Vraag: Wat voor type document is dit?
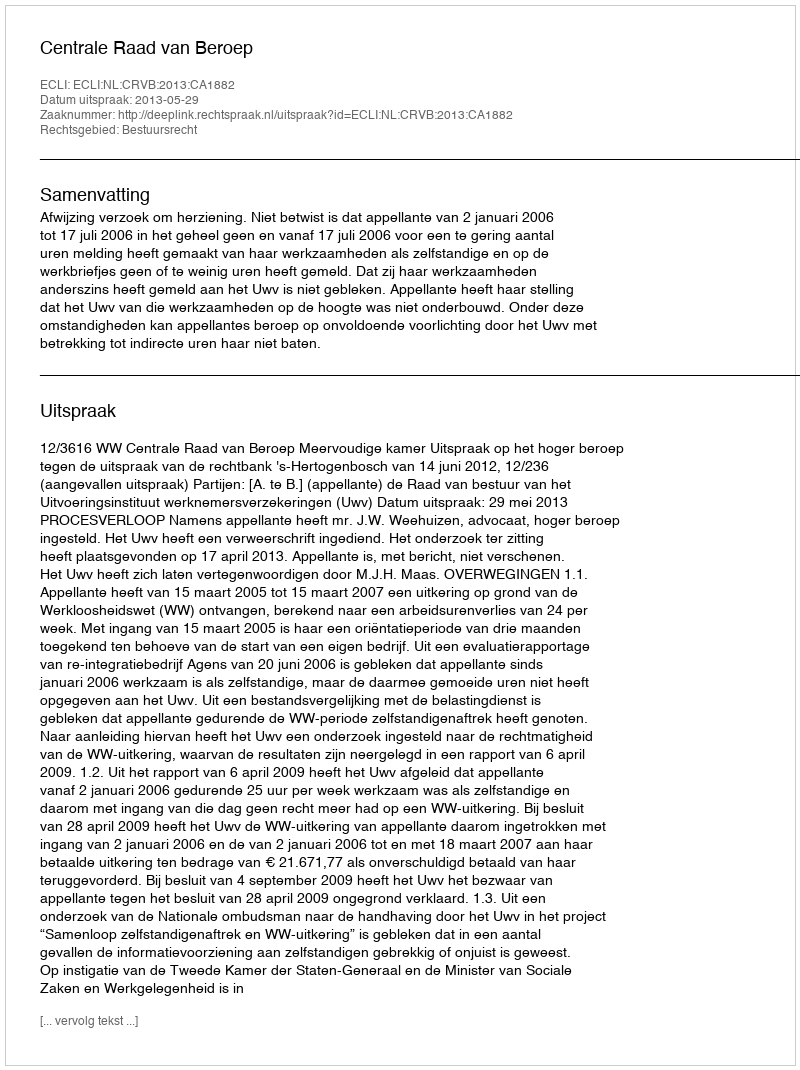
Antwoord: Uitspraak